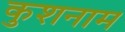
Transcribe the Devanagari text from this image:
कुशनाम